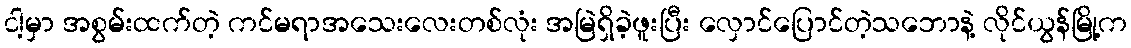
ငါ့မှာ အစွမ်းထက်တဲ့ ကင်မရာအသေးလေးတစ်လုံး အမြဲရှိခဲ့ဖူးပြီး လှောင်ပြောင်တဲ့သဘောနဲ့ လိုင်ယွန်မြို့က